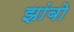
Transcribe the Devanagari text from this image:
झांबो